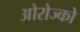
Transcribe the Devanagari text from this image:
ओरोज्को